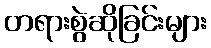
တရားစွဲဆိုခြင်းများ